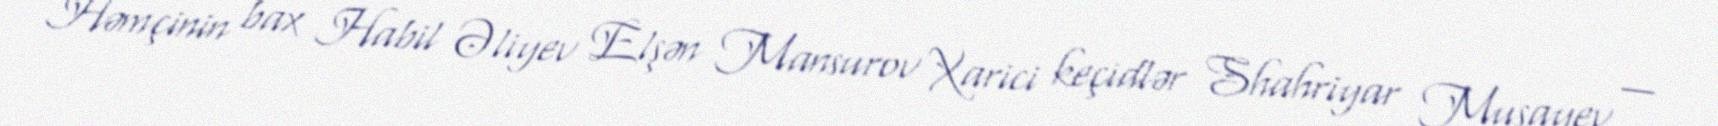
Həmçinin bax Habil Əliyev Elşən Mansurov Xarici keçidlər Shahriyar Musayev —